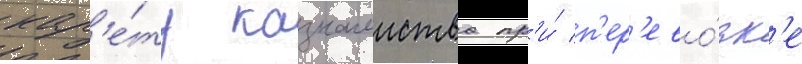
кар'е́ту казначеиства пр'и́ п'ер'ево́зк'е